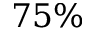
7 5 \%